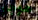
هوجو